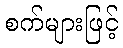
စက်များဖြင့်